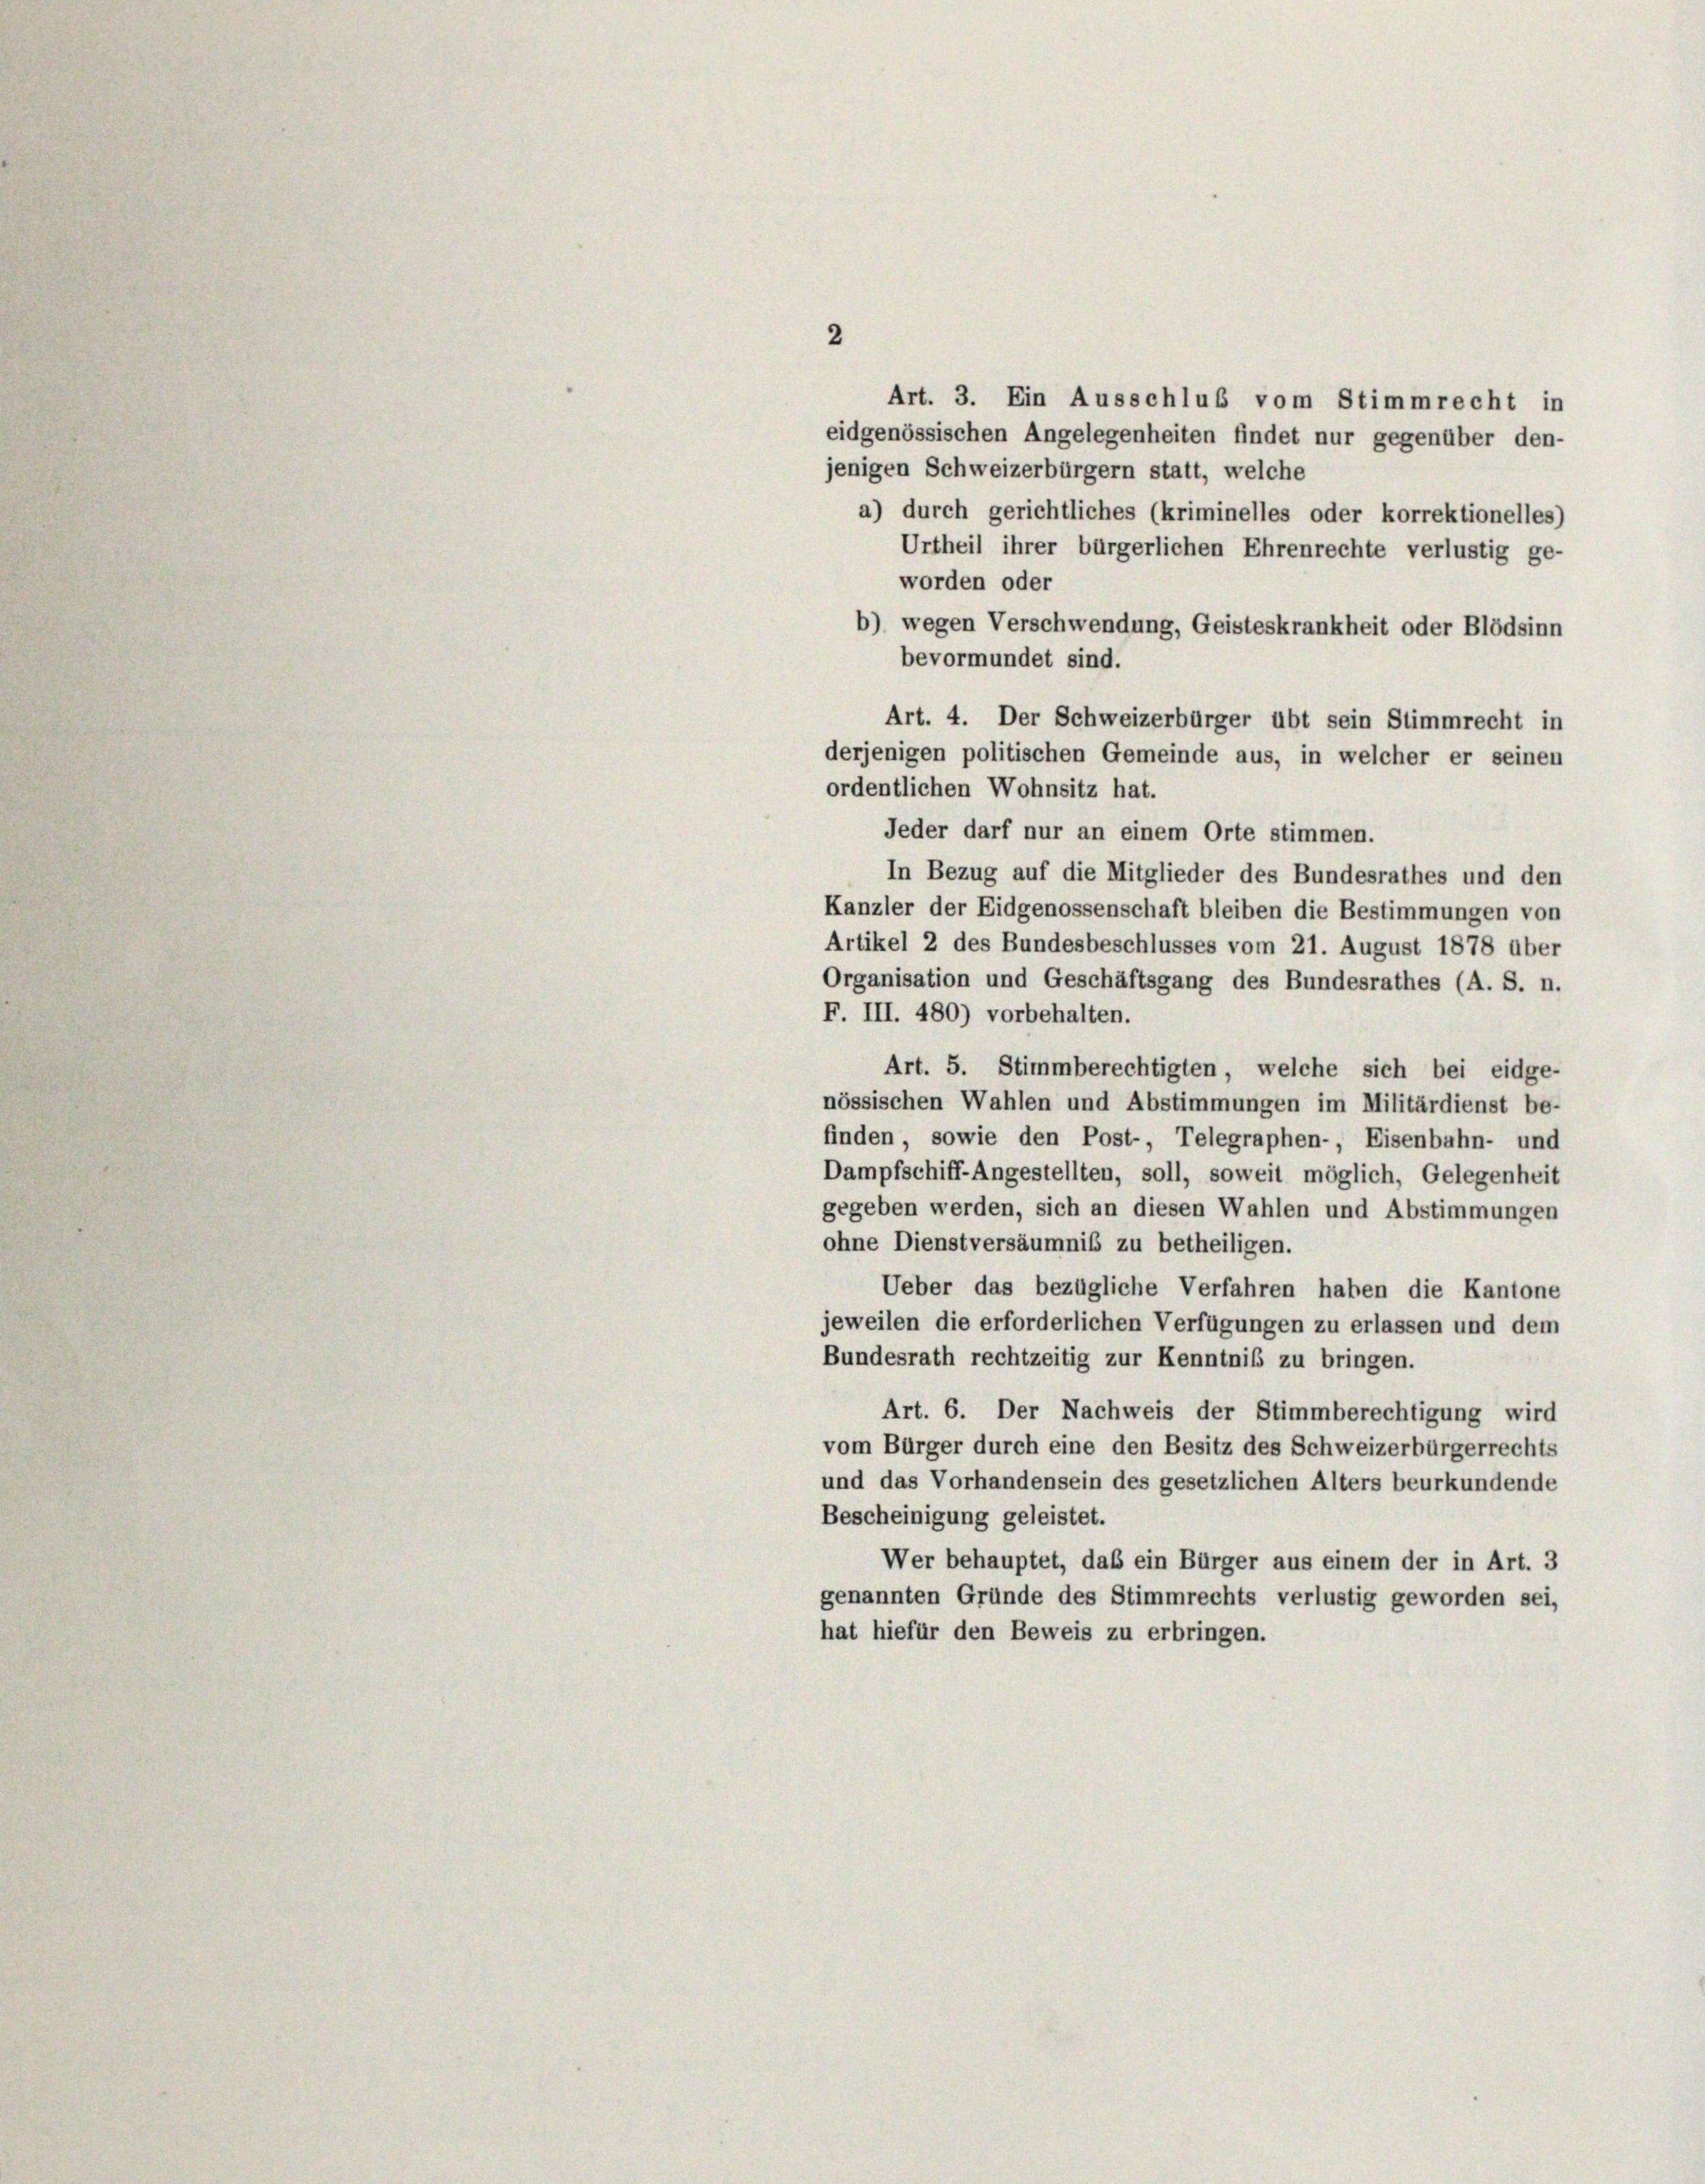
2

Art. 3. Ein Ausschluß vom Stimmrecht in
eidgenössischen Angelegenheiten findet nur gegenüber den-
jenigen Schweizerbürgern statt, welche
a) durch gerichtliches (kriminelles oder korrektionelles)
Urtheil ihrer bürgerlichen Ehrenrechte verlustig ge-
worden oder
b) wegen Verschwendung, Geisteskrankheit oder Blödsinn
bevormundet sind.
Art. 4. Der Schweizerbürger übt sein Stimmrecht in
derjenigen politischen Gemeinde aus, in welcher er seinen
ordentlichen Wohnsitz hat.
Jeder darf nur an einem Orte stimmen.
In Bezug auf die Mitglieder des Bundesrathes und den
Kanzler der Eidgenossenschaft bleiben die Bestimmungen von
Artikel 2 des Bundesbeschlusses vom 21. August 1878 über
Organisation und Geschäftsgang des Bundesrathes (A. S. n.
F. III. 480) vorbehalten.
Art. 5. Stimmberechtigten, welche sich bei eidge-
nössischen Wahlen und Abstimmungen im Militärdienst be-
finden, sowie den Post-, Telegraphen-, Eisenbahn- und
Dampfschiff-Angestellten, soll, soweit möglich, Gelegenheit
gegeben werden, sich an diesen Wahlen und Abstimmungen
ohne Dienstversäumnis zu betheiligen.
Ueber das bezügliche Verfahren haben die Kantone
jeweilen die erforderlichen Verfügungen zu erlassen und dem
Bundesrath rechtzeitig zur Kenntniß zu bringen.
Art. 6. Der Nachweis der Stimmberechtigung wird
vom Bürger durch eine den Besitz des Schweizerbürgerrechts
und das Vorhandensein des gesetzlichen Alters beurkundende
Bescheinigung geleistet.
Wer behauptet, daß ein Bürger aus einem der in Art. 3
genannten Gründe des Stimmrechts verlustig geworden sei,
hat hiefür den Beweis zu erbringen.